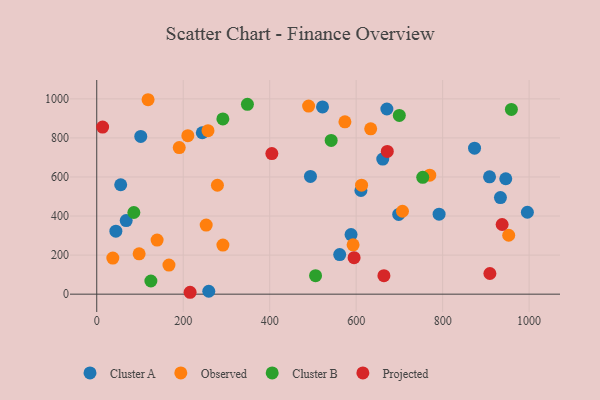
{"axis": {"x": "Price", "y": "Demand"}, "legend": ["Cluster A", "Cluster B", "Observed", "Projected"], "data": [{"x": "55.4", "y": 560.1, "type": "Cluster A"}, {"x": "244.1", "y": 826.5, "type": "Cluster A"}, {"x": "522.2", "y": 958.7, "type": "Cluster A"}, {"x": "671.0", "y": 948.0, "type": "Cluster A"}, {"x": "101.8", "y": 807.7, "type": "Cluster A"}, {"x": "996.0", "y": 419.5, "type": "Cluster A"}, {"x": "588.2", "y": 305.0, "type": "Cluster A"}, {"x": "44.2", "y": 322.5, "type": "Cluster A"}, {"x": "933.7", "y": 494.6, "type": "Cluster A"}, {"x": "908.5", "y": 601.0, "type": "Cluster A"}, {"x": "661.5", "y": 691.6, "type": "Cluster A"}, {"x": "494.3", "y": 602.7, "type": "Cluster A"}, {"x": "946.0", "y": 591.0, "type": "Cluster A"}, {"x": "698.4", "y": 408.2, "type": "Cluster A"}, {"x": "68.1", "y": 377.0, "type": "Cluster A"}, {"x": "873.8", "y": 747.3, "type": "Cluster A"}, {"x": "611.0", "y": 530.8, "type": "Cluster A"}, {"x": "259.1", "y": 14.9, "type": "Cluster A"}, {"x": "791.8", "y": 409.6, "type": "Cluster A"}, {"x": "561.9", "y": 202.5, "type": "Cluster A"}, {"x": "37.2", "y": 184.8, "type": "Observed"}, {"x": "770.2", "y": 609.3, "type": "Observed"}, {"x": "291.8", "y": 251.6, "type": "Observed"}, {"x": "612.5", "y": 558.1, "type": "Observed"}, {"x": "167.0", "y": 148.8, "type": "Observed"}, {"x": "574.0", "y": 882.6, "type": "Observed"}, {"x": "257.3", "y": 837.2, "type": "Observed"}, {"x": "952.8", "y": 301.6, "type": "Observed"}, {"x": "118.7", "y": 995.5, "type": "Observed"}, {"x": "279.1", "y": 557.7, "type": "Observed"}, {"x": "98.0", "y": 206.6, "type": "Observed"}, {"x": "210.7", "y": 811.7, "type": "Observed"}, {"x": "253.1", "y": 353.6, "type": "Observed"}, {"x": "592.9", "y": 252.5, "type": "Observed"}, {"x": "190.8", "y": 750.5, "type": "Observed"}, {"x": "707.1", "y": 424.4, "type": "Observed"}, {"x": "490.0", "y": 962.8, "type": "Observed"}, {"x": "139.6", "y": 277.1, "type": "Observed"}, {"x": "633.6", "y": 846.5, "type": "Observed"}, {"x": "699.8", "y": 915.1, "type": "Cluster B"}, {"x": "85.8", "y": 418.1, "type": "Cluster B"}, {"x": "348.5", "y": 972.0, "type": "Cluster B"}, {"x": "291.7", "y": 897.0, "type": "Cluster B"}, {"x": "542.2", "y": 787.2, "type": "Cluster B"}, {"x": "125.2", "y": 67.5, "type": "Cluster B"}, {"x": "959.0", "y": 945.8, "type": "Cluster B"}, {"x": "754.0", "y": 598.3, "type": "Cluster B"}, {"x": "506.1", "y": 94.9, "type": "Cluster B"}, {"x": "664.2", "y": 94.5, "type": "Projected"}, {"x": "672.0", "y": 730.8, "type": "Projected"}, {"x": "13.6", "y": 855.7, "type": "Projected"}, {"x": "405.0", "y": 719.7, "type": "Projected"}, {"x": "215.9", "y": 9.7, "type": "Projected"}, {"x": "937.6", "y": 356.8, "type": "Projected"}, {"x": "595.2", "y": 186.9, "type": "Projected"}, {"x": "909.3", "y": 105.9, "type": "Projected"}]}